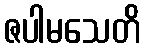
ဇပါမသေတိ